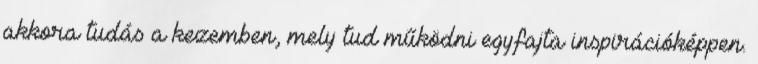
akkora tudás a kezemben, mely tud működni egyfajta inspirációképpen.